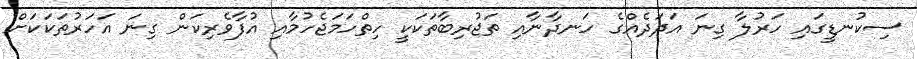
ސިކުނޑީގައި ހަރުލާ ގިނަ އަދަދެއްގެ ހަނދާނާއި ތަޖުރިބާތަކަކީ ހިތްހަމަޖެހުމާއި އުފާވެރިކަން ގިނަ އަހަރުތަކަކަށް